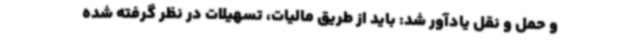
و حمل و نقل یادآور شد: باید از طریق مالیات، تسهیلات در نظر گرفته شده